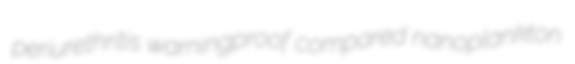
periurethritis warningproof compared nanoplankton